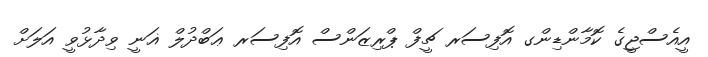
އީއެސްޖީގެ ކޮމާންޑިންގ އޮފިސަރ ޗީފް ޕްރިޒަންސް އޮފިސަރ ޢަބްދުލް ޣަނީ ވިދާޅުވީ އަލަށް